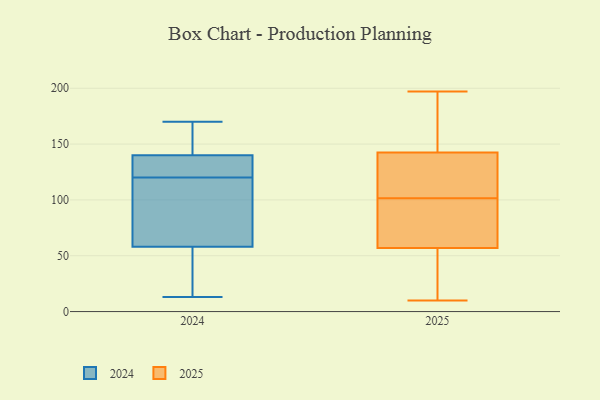
{"axis": {"x": "Production Output", "y": "Value"}, "legend": ["2024", "2025"], "data": [{"x": "", "y": 159, "type": "2025"}, {"x": "", "y": 95, "type": "2025"}, {"x": "", "y": 193, "type": "2025"}, {"x": "", "y": 197, "type": "2025"}, {"x": "", "y": 75, "type": "2025"}, {"x": "", "y": 155, "type": "2025"}, {"x": "", "y": 71, "type": "2025"}, {"x": "", "y": 130, "type": "2025"}, {"x": "", "y": 88, "type": "2025"}, {"x": "", "y": 125, "type": "2025"}, {"x": "", "y": 128, "type": "2025"}, {"x": "", "y": 193, "type": "2025"}, {"x": "", "y": 44, "type": "2025"}, {"x": "", "y": 70, "type": "2025"}, {"x": "", "y": 37, "type": "2025"}, {"x": "", "y": 10, "type": "2025"}, {"x": "", "y": 20, "type": "2025"}, {"x": "", "y": 108, "type": "2025"}, {"x": "", "y": 113, "type": "2025"}, {"x": "", "y": 30, "type": "2025"}, {"x": "", "y": 96, "type": "2024"}, {"x": "", "y": 125, "type": "2024"}, {"x": "", "y": 13, "type": "2024"}, {"x": "", "y": 170, "type": "2024"}, {"x": "", "y": 115, "type": "2024"}, {"x": "", "y": 140, "type": "2024"}, {"x": "", "y": 15, "type": "2024"}, {"x": "", "y": 58, "type": "2024"}, {"x": "", "y": 170, "type": "2024"}, {"x": "", "y": 125, "type": "2024"}]}